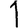
Digit: 1